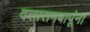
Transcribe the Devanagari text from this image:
दत्तारामबापूंना